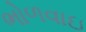
ભોળવાઇ